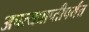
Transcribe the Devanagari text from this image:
अपत्यप्राप्तीपर्यंत